Vaccination in the Punjab 1919-1929 - 1919-1929
Year: 1919
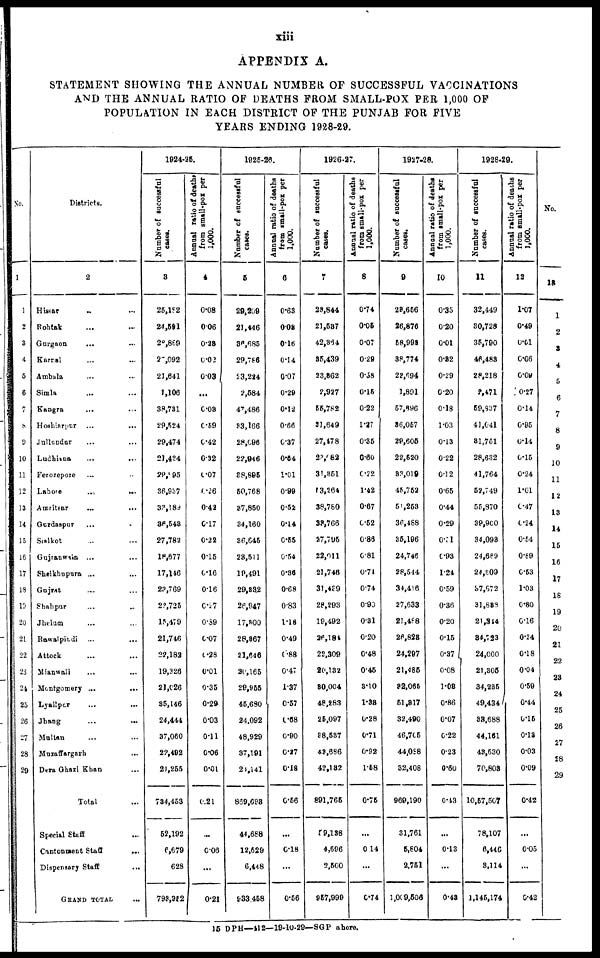
xiii
APPENDIX A.
STATEMENT SHOWING THE ANNUAL NUMBER OF SUCCESSFUL VACCINATIONS
AND THE ANNUAL RATIO OF DEATHS FROM SMALL-POX PER 1,000 OF
POPULATION IN EACH DISTRICT OF THE PUNJAB FOR FIVE
YEARS ENDING 1928-29.
No.
1
1
2
3
4
5
6
7
8
9
10
11
12
13
14
15
16
17
18
19
20
21
22
23
24
25
26
27
28
29
Districts.
2
Hissar ... ... ...
Rohtak ... ... ...
Gurgaon ... ... ...
Karnal ... ... ...
Ambhla ... ... ...
Simla ... ... ...
Kangra ... ... ...
Hoshiarpur
...
...
...
Jullundur ... ... ...
Ludhiana ... ... ...
Ferozepore ... ... ...
Lahore
...
...
...
Amritsar ... ... ...
Gurdaspur ... ... ...
Sialkot ... ... ...
Gujranwala ... ... ...
Sheikhupure ... ... ...
Gujrat ... ... ...
Shahpur ... ... ...
Jhelum ... ... ...
Rawalpindi ... ... ...
Attock ... ... ...
Mianwali ... ... ...
Montgomery ... ... ...
Lyallpur ... ... ...
Jhang ... ... ...
Multan ... ... ...
Muzaffargarh ... ...
Dera Ghazi Khan ... ...
Total ...
Special Staff
...
Cantonment Staff
...
Dispensary Staff
...
GRAND TOTAL ...
1924-25.
Number of successful
cases.
3
25,182
24,591
28,869
25,092
21,641
1,106
38,731
29,524
29,474
21,424
29,995
36,937
33,189
36,543
27,782
18,677
17,146
23,769
22,725
15,479
21,746
22,182
19,326
21,026
35,146
24,444
37,060
22,492
21,255
734,453
52,192
6,679
628
793,952
Annual ratio of deaths
from small-pox per
1,000.
4
0.08
0.06
0.28
0.02
0.03
...
0.03
0.59
0.42
0.32
0.07
0.26
0.42
0.17
0.22
0.15
0.16
0.16
0.27
0.89
0.07
0.28
0.01
0.35
0.29
0.03
0.11
0.06
0.01
0.21
...
0.06
...
0.21
1925-26.
Number of successful
cases.
6
29,209
21,446
36,685
29,786
23,224
2,584
47,486
33,166
28,096
22,946
38,895
50,768
37,850
34,160
36,645
23,511
19,491
29,332
26,947
17,300
28,367
21,646
20,165
29,955
45,680
24,092
48,929
37,191
24,141
869,693
44,668
12,629
6,448
933,458
Annual ratio of deaths
from small-pox per
1,000.
6
0.63
0.08
0.16
0.14
0.07
0.29
0.12
0.66
0.37
0.64
1.01
0.99
0.52
0.14
0.55
0.54
0.36
0.68
0.83
1.18
0.49
0.88
0.47
1.37
0.57
0.68
0.90
0.27
0.18
0.56
...
0.18
...
0.56
1926-27.
Number of successful
cases.
7
23,844
21,537
42,864
35,439
23,362
2,927
55,782
31,649
27,478
23,082
31,851
13,264
38,780
33,766
27,795
22,011
21,746
31,439
28,293
19,492
26,184
22,309
20,132
30,004
48,283
25,097
38,537
43,686
42,132
891,765
59,138
4,596
2,500
957,999
Annual ratio of deaths
from small-pox per
1,000.
8
0.74
0.05
0.07
0.29
0.58
0.15
0.22
1.27
0.35
0.60
0.22
1.42
0.67
0.52
0.86
0.81
0.74
0.74
0.90
0.31
0.20
0.48
0.45
3.10
1.38
0.28
0.71
0.92
1.58
0.75
...
0.14
...
0.74
1927-28.
Number of successful
cases.
9
23,656
26,876
58,993
38,774
22,094
1,891
57,896
36,067
29,605
22,520
33,019
46,752
51,253
36,488
35,196
24,746
28,544
34,416
27,633
21,488
26,823
24,297
21,485
32,065
51,817
32,490
46,705
44,088
32,408
969,190
31,761
5,804
2,751
1,009,506
Annual ratio of deaths
from small-pox per
1,000.
10
0.35
0.20
0.01
0.32
0.29
0.20
0.18
1.03
0.13
0.22
0.12
0.65
0.44
0.29
0.31
0.93
1.24
0.59
0.36
0.20
0.15
0.37
0.08
1.03
0.86
0.07
0.22
0.23
0.60
0.43
...
0.13
...
0.43
1928-29.
Number of successful
cases.
11
32,449
30,728
35,790
46,483
28,218
2,471
59,837
41,641
31,751
28,632
41,764
52,749
55,870
39,900
34,098
24,689
24,309
37,672
31,838
21,314
34,723
24,000
21,305
34,285
49,434
33,688
44,161
43,530
70,808
10,57,507
78,107
6,446
3,114
1,145,174
Annual ratio of deaths
from small-pox per
1,000.
12
1.07
0.49
0.01
0.06
0.09
0.27
0.14
0.95
0.14
0.15
0.24
1.01
0.47
0.24
0.54
0.89
0.53
1.03
0.80
0.16
0.24
0.18
0.04
0.59
0.44
0.15
0.13
0.03
0.09
0.42
...
0.05
...
0.42
No.
18
1
2
3
4
5
6
7
8
9
10
11
12
13
14
15
16
17
18
19
20
21
22
23
24
25
26
27
28
29
15 DPH—412—19-10-29—SGP Lahore.